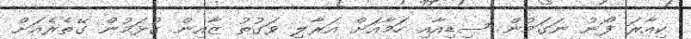
ކިއާރަ ފޯނު ނަގަމުން ސިޑިއާއި ހަމާއަށް އަރާލި ވަގުތު ޒާއިން ގުޅަމުން ގޭތެރެއަށް